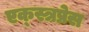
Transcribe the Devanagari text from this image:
एक्स्त्रप्रेस